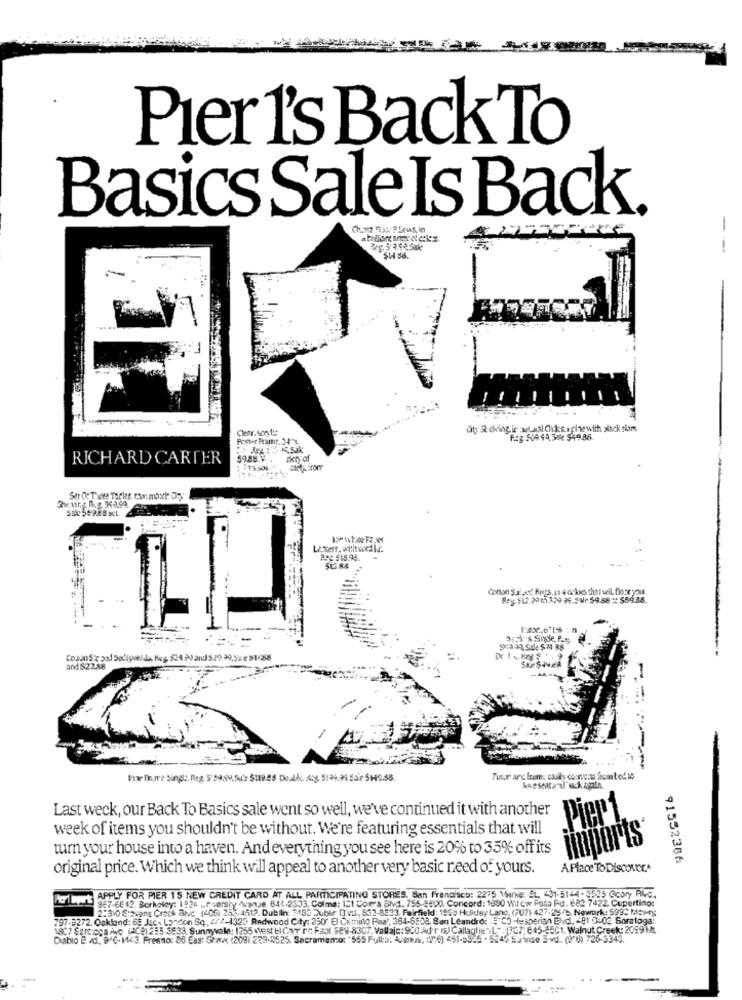
Pier 1's Back To
Basics Sale Is Back.
-
Cletr.Aont's
City: Shelving. ir :metaal Chokes afinewith alack slim
Prour frame, 24 ℃
F.g 809 99.30k 549.88.
RICHARD CARTER
Ikry'of
3heving Ihg 349.99.
Le:kerr, with word ld:
BS: $19.94.
Conon Sutpod. Rugs, a 4 ochus that weil Door you
Rey. $12 30 15 379 34.Sale $4.88 : $54.88.
Pax,o'16 : n
-
and $22.58
Tusur arc frem: casil cuore.w from bed to
Last weck, our Back To Basics sale went so well, we've continued it with another
Pier
week of items you shouldn't be without. We're featuring essentials that will
turn your house into a haven. And everything you see here is 20% to 35% offits
iinports
91532386
original price. Which we think will appeal to another very basic need of yours.
A Place To Discover .*
har bort APPLY FOR PIER 15 NEW CREDIT CARD AT ALL PARTICIPATING STORES. San Francisco: 2275 Marne: EL. 431-5144 - 5535 Scary AVd.
2:310 EtSians Crock Bnc (406) 285.4512. Dublin: 2480 Dubir DTvi. 539-8533 Fairfield: 1955 Holiday Lane, (707) 427.29/2. Nework: 5990 Mowry
857-6842. Berkeley: 1026 upuershy vanje. 644-2533. Colma: 11 Corra Blvd. 755-8800, Concord: 1800 Wil Low Pass Pd. 682 7422 Cupertino:
797-3272. Oakland: 68 Juc. London Sq, Cr/-4320 Redwood City: 250' El Canuto Paal. 384-6502. 8on Leandro: # C) -1=sperian Evd -81 0-02. Saratoga
1807 Fart:cca ive (408) 255 3533 Sunnyvale: 1355 west HIGar rc Fsol, 889-8307. Vallaje: 900 Ad r rel CallaghanL" , (707; 845-25C1. Walnut Creek: 2099M/
Diablo 2 4d. 940-1143. Freeno: 86 Eas: 5/8 (209) 229-2525. Sacramemo: '555 Fulla: 4/euw, (16) 451-5925 - 524
1. (90) 726 3345.